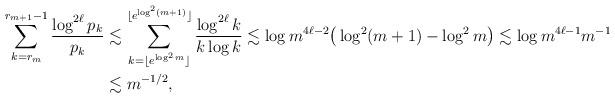
LaTeX: \begin{align*}\sum_{k=r_m}^{r_{m+1}-1}\frac{\log^{2\ell} p_k}{p_k}&\lesssim \sum_{k=\lfloor e^{\log^2m}\rfloor}^{\lfloor e^{\log^2(m+1)}\rfloor}\frac{\log^{2\ell} k}{k\log k}\lesssim \log m^{4\ell-2}\big( \log^2(m+1)-\log^2m \big)\lesssim \log m^{4\ell-1}m^{-1} \\ &\lesssim m^{-1/2},\end{align*}